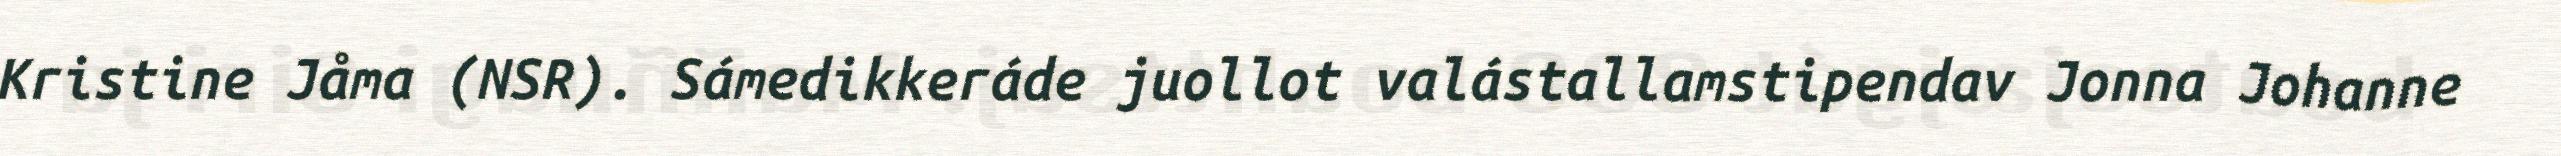
Kristine Jåma (NSR). Sámedikkeráde juollot valástallamstipendav Jonna Johanne